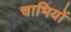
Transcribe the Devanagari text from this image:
चाभियों